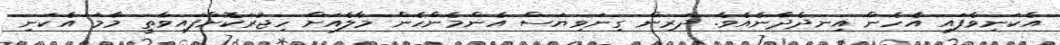
އެކަނިވެފައި އެހެން އިނދެދާނެއެވެ. ދަރިން ގިނަވިޔަސް އެންމެންހެން މާލެއަށް ހިޖުރަކޮށްފައިވާތީ މާމަ އެކަނި